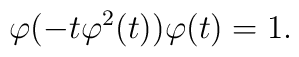
\varphi (-t \varphi^2 (t)) \varphi (t) = 1.